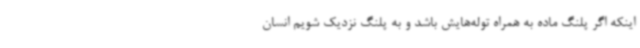
اینکه اگر پلنگ ماده به همراه توله‌هایش باشد و به پلنگ نزدیک شویم انسان